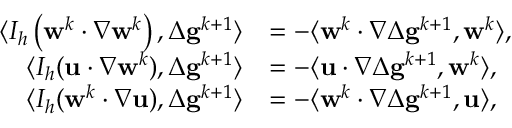
\begin{array} { r l } { \langle I _ { h } \left( \mathbf { w } ^ { k } \cdotp \nabla \mathbf { w } ^ { k } \right) , \Delta \mathbf { g } ^ { k + 1 } \rangle } & { = - \langle \mathbf { w } ^ { k } \cdotp \nabla \Delta \mathbf { g } ^ { k + 1 } , \mathbf { w } ^ { k } \rangle , } \\ { \langle I _ { h } ( \mathbf { u } \cdotp \nabla \mathbf { w } ^ { k } ) , \Delta \mathbf { g } ^ { k + 1 } \rangle } & { = - \langle \mathbf { u } \cdotp \nabla \Delta \mathbf { g } ^ { k + 1 } , \mathbf { w } ^ { k } \rangle , } \\ { \langle I _ { h } ( \mathbf { w } ^ { k } \cdotp \nabla \mathbf { u } ) , \Delta \mathbf { g } ^ { k + 1 } \rangle } & { = - \langle \mathbf { w } ^ { k } \cdotp \nabla \Delta \mathbf { g } ^ { k + 1 } , \mathbf { u } \rangle , } \end{array}